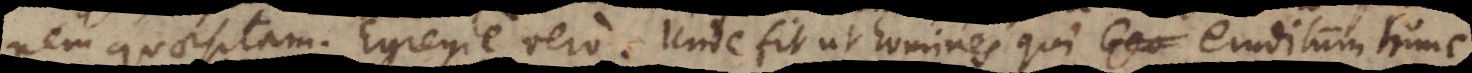
nem quaesitam. Egregie vero. Unde fit ut homines qui eruditum hunc